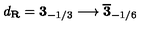
d _ { \bf R } = { \bf 3 } _ { - 1 / 3 } \longrightarrow \overline { { \bf 3 } } _ { - 1 / 6 }